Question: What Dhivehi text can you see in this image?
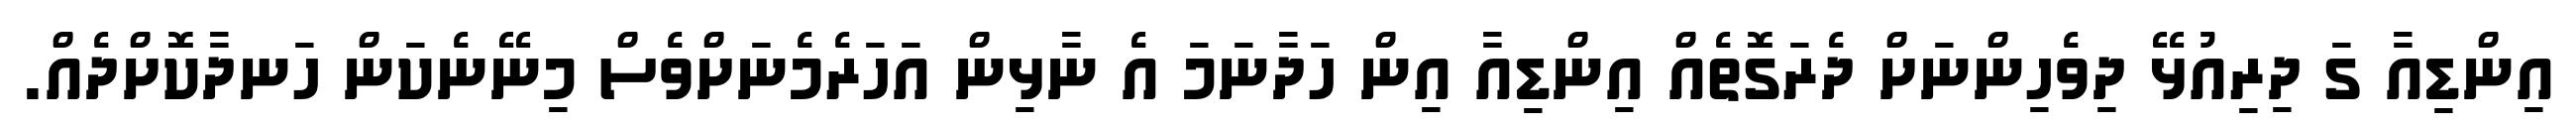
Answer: އިންޑިއާ ގަ ދިރިއުޅޭ ދިވެހިންނަށް ދެރަގޮތެއް އިންޑިއާ އިން ހަދާނަމަ އެ ނާޅިން އަހަރެމެނަށްވެސް މިނޭނެކަން ހަނދާކޮށްދެއް.